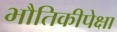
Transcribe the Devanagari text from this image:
भौतिकीपेक्षा